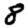
Digit: 8